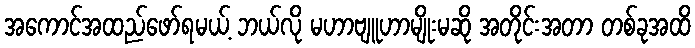
အကောင်အထည်ဖော်ရမယ့် ဘယ်လို မဟာဗျူဟာမျိုးမဆို အတိုင်းအတာ တစ်ခုအထိ